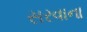
સરવાના